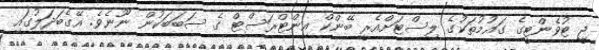
ޖީ ޓުވެންޓީގެ ގައުމުތަކުގެ ލިސްޓަށްއެރީ ބޭންކް އިންޓްރަސްޓް ގެ ސަބަބަކުން ނޫނެވެ. އޭގެބަދަލުގައި